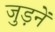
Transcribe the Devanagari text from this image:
जुड़नें